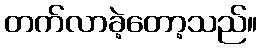
တက်လာခဲ့တော့သည်။